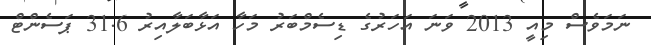
ނަމަވެސް މިއީ 2013 ވަނަ އަހަރުގެ ޑިސެމްބަރު މަހާ އަޅާބަލާއިރު 31.6 ޕަސެންޓް